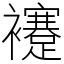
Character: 䙭